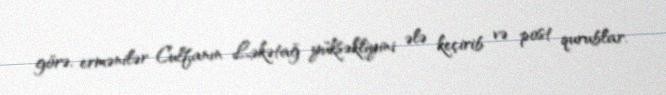
görə, ermənilər Culfanın Ləkətağ yüksəkliyini ələ keçirib və post qurublar.